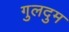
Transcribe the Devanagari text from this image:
गुलदुम